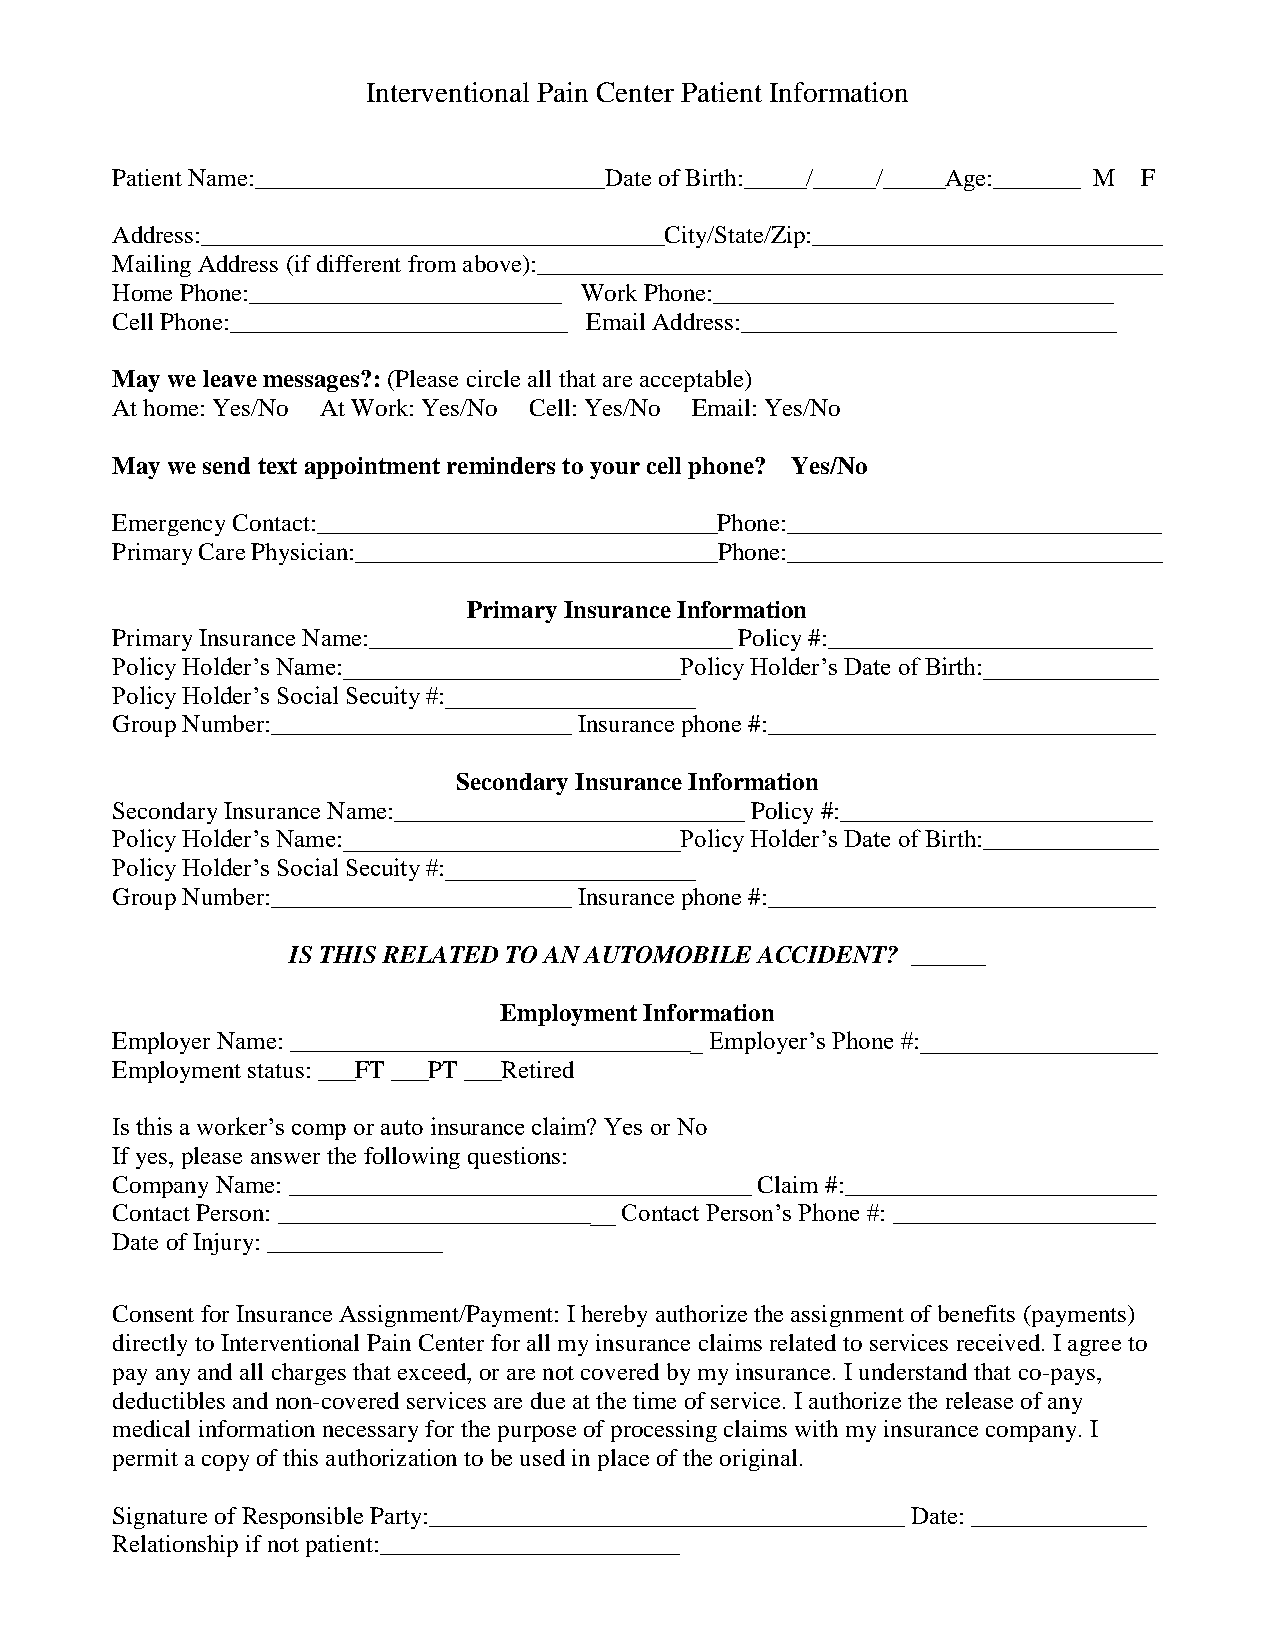
Interventional Pain Center Patient Information
 Patient Name:____________________________Date of Birth:_____/_____/_____Age:_______ M F
 Address:_____________________________________City/State/Zip:____________________________
 Mailing Address (if different from above):__________________________________________________
 Home Phone:_________________________ Work Phone:________________________________
 Cell Phone:___________________________ Email Address:______________________________
 May we leave messages?: (Please circle all that are acceptable)
 At home: Yes/No At Work: Yes/No Cell: Yes/No Email: Yes/No
 May we send text appointment reminders to your cell phone? Yes/No
 Emergency Contact:________________________________Phone:______________________________
 Primary Care Physician:_____________________________Phone:______________________________
 Primary Insurance Information
 Primary Insurance Name:_____________________________ Policy #:__________________________
 Policy Holder’s Name:___________________________Policy Holder’s Date of Birth:______________
 Policy Holder’s Social Secuity #:____________________
 Group Number:________________________ Insurance phone #:_______________________________
 Secondary Insurance Information
 Secondary Insurance Name:____________________________ Policy #:_________________________
 Policy Holder’s Name:___________________________Policy Holder’s Date of Birth:______________
 Policy Holder’s Social Secuity #:____________________
 Group Number:________________________ Insurance phone #:_______________________________
 IS THIS RELATED TO AN AUTOMOBILE ACCIDENT? ______
 Employment Information
 Employer Name: _________________________________ Employer’s Phone #:___________________
 Employment status: ___FT ___PT ___Retired
 Is this a worker’s comp or auto insurance claim? Yes or No
 If yes, please answer the following questions:
 Company Name: _____________________________________ Claim #:_________________________
 Contact Person: ___________________________ Contact Person’s Phone #: _____________________
 Date of Injury: ______________
 Consent for Insurance Assignment/Payment: I hereby authorize the assignment of benefits (payments)
 directly to Interventional Pain Center for all my insurance claims related to services received. I agree to
 pay any and all charges that exceed, or are not covered by my insurance. I understand that co-pays,
 deductibles and non-covered services are due at the time of service. I authorize the release of any
 medical information necessary for the purpose of processing claims with my insurance company. I
 permit a copy of this authorization to be used in place of the original.
 Signature of Responsible Party:______________________________________ Date: ______________
 Relationship if not patient:________________________